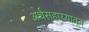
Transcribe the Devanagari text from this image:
अर्थसहाय्यातून